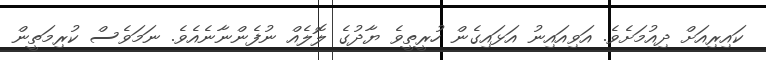
ކައިރިއަށް ދިއުމަށެވެ. އަވިއައިނު އަޅައިގެން ހުރީތީވެ ޔާދުގެ ލޮލެއް ނުފެންނާނެއެވެ. ނަމަވެސް ކުރިމަތީން